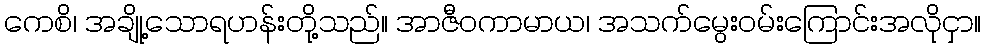
ကေစိ၊ အချို့သောရဟန်းတို့သည်။ အာဇီဝကာမာယ၊ အသက်မွေးဝမ်းကြောင်းအလိုငှာ။